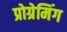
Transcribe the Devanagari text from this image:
प्रोग्रेमिंग